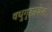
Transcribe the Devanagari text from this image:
वधुगृहप्रवेश